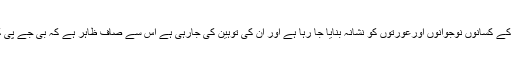
انہوں نے کہا کہ جس طرح سے دیش کے کسانوں نوجوانوں اورعورتوں کو نشانہ بنایا جا رہا ہے اور ان کی توہین کی جارہی ہے اس سے صاف ظاہر ہے کہ بی جے پی کے من میں کسی کیلئے موہ نہیں ہے ۔